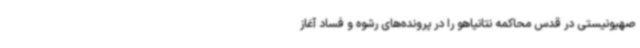
صهیونیستی در قدس محاکمه نتانیاهو را در پرونده‌های رشوه و فساد آغاز